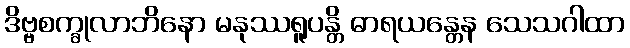
ဒိဗ္ဗစက္ခုလာဘိနော မနုဿရူပန္တိ ဓာရယန္တေန သေသဂါထာ